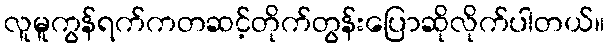
လူမူကွန်ရက်ကတဆင့်တိုက်တွန်းပြောဆိုလိုက်ပါတယ်။